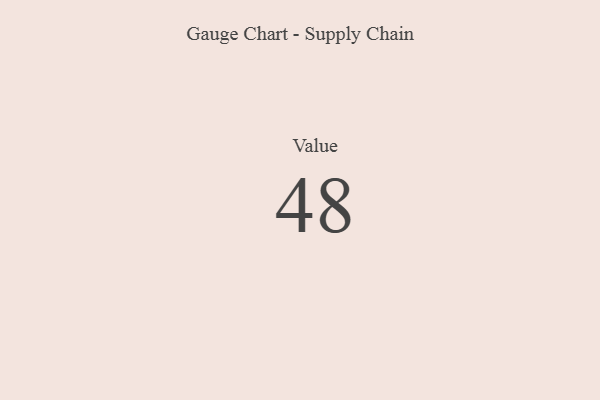
{"axis": {"x": "Metric", "y": "Value"}, "legend": [""], "data": [{"x": "Value", "y": 48, "type": ""}]}